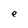
Character: e